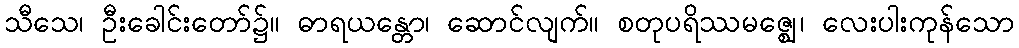
သီသေ၊ ဦးခေါင်းတော်၌။ ဓာရယန္တော၊ ဆောင်လျက်။ စတုပရိဿမဇ္ဈေ၊ လေးပါးကုန်သော